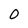
Character: 0